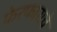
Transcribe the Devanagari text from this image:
फेरफाराचे